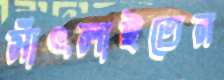
সাঁৎলাইতেন